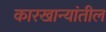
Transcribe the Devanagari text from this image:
कारखान्यांतील